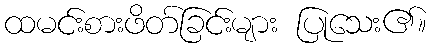
ထမင်းစားဖိတ်ခြင်းများ ပြုသေး၏။